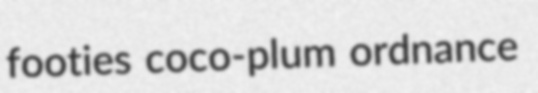
footies coco-plum ordnance